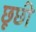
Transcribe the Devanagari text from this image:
छूछी